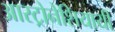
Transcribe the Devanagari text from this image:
आस्ट्रोनेशियायी